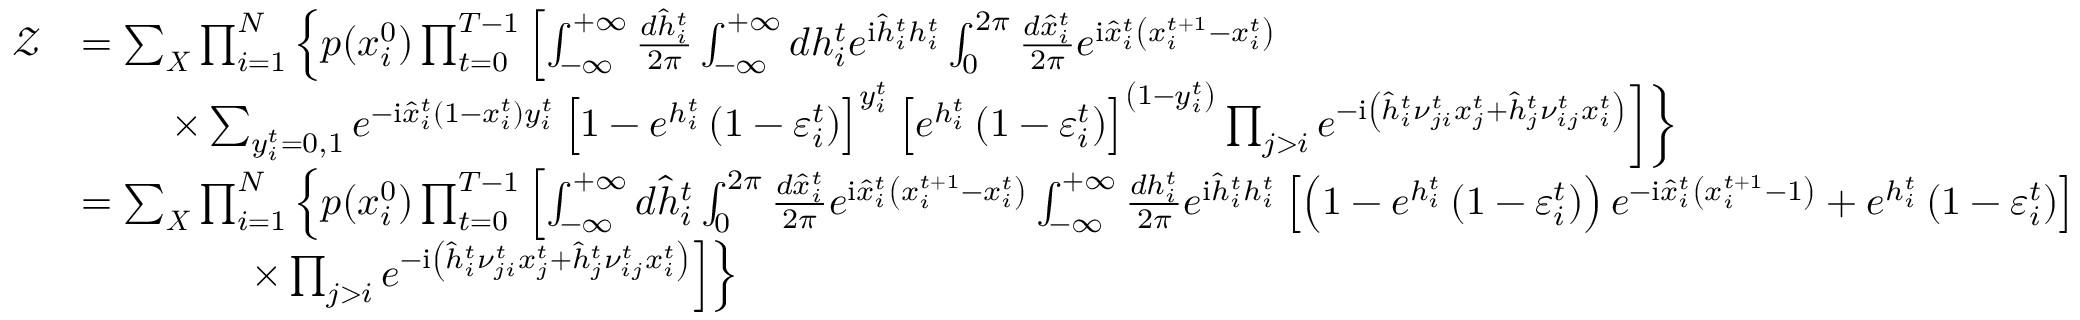
\begin{array} { r l } { \mathcal { Z } } & { = \sum _ { \boldsymbol { X } } \prod _ { i = 1 } ^ { N } \left\{ p ( x _ { i } ^ { 0 } ) \prod _ { t = 0 } ^ { T - 1 } \left[ \int _ { - \infty } ^ { + \infty } \frac { d \hat { h } _ { i } ^ { t } } { 2 \pi } \int _ { - \infty } ^ { + \infty } d h _ { i } ^ { t } e ^ { \mathrm { i } \hat { h } _ { i } ^ { t } h _ { i } ^ { t } } \int _ { 0 } ^ { 2 \pi } \frac { d \hat { x } _ { i } ^ { t } } { 2 \pi } e ^ { \mathrm { i } \hat { x } _ { i } ^ { t } \left( x _ { i } ^ { t + 1 } - x _ { i } ^ { t } \right) } \right. \right. } \\ & { \left. \left. \qquad \times \sum _ { y _ { i } ^ { t } = 0 , 1 } e ^ { - \mathrm { i } \hat { x } _ { i } ^ { t } ( 1 - x _ { i } ^ { t } ) y _ { i } ^ { t } } \left[ 1 - e ^ { h _ { i } ^ { t } } \left( 1 - \varepsilon _ { i } ^ { t } \right) \right] ^ { y _ { i } ^ { t } } \left[ e ^ { h _ { i } ^ { t } } \left( 1 - \varepsilon _ { i } ^ { t } \right) \right] ^ { \left( 1 - y _ { i } ^ { t } \right) } \prod _ { j > i } e ^ { - \mathrm { i } \left( \hat { h } _ { i } ^ { t } \nu _ { j i } ^ { t } x _ { j } ^ { t } + \hat { h } _ { j } ^ { t } \nu _ { i j } ^ { t } x _ { i } ^ { t } \right) } \right] \right\} } \\ & { = \sum _ { \boldsymbol { X } } \prod _ { i = 1 } ^ { N } \left\{ p ( x _ { i } ^ { 0 } ) \prod _ { t = 0 } ^ { T - 1 } \left[ \int _ { - \infty } ^ { + \infty } d \hat { h } _ { i } ^ { t } \int _ { 0 } ^ { 2 \pi } \frac { d \hat { x } _ { i } ^ { t } } { 2 \pi } e ^ { \mathrm { i } \hat { x } _ { i } ^ { t } \left( x _ { i } ^ { t + 1 } - x _ { i } ^ { t } \right) } \int _ { - \infty } ^ { + \infty } \frac { d h _ { i } ^ { t } } { 2 \pi } e ^ { \mathrm { i } \hat { h } _ { i } ^ { t } h _ { i } ^ { t } } \left[ \left( 1 - e ^ { h _ { i } ^ { t } } \left( 1 - \varepsilon _ { i } ^ { t } \right) \right) e ^ { - \mathrm { i } \hat { x } _ { i } ^ { t } \left( x _ { i } ^ { t + 1 } - 1 \right) } + e ^ { h _ { i } ^ { t } } \left( 1 - \varepsilon _ { i } ^ { t } \right) \right] \right. \right. } \\ & { \left. \left. \qquad \qquad \times \prod _ { j > i } e ^ { - \mathrm { i } \left( \hat { h } _ { i } ^ { t } \nu _ { j i } ^ { t } x _ { j } ^ { t } + \hat { h } _ { j } ^ { t } \nu _ { i j } ^ { t } x _ { i } ^ { t } \right) } \right] \right\} } \end{array}